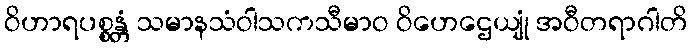
ဝိဟာရပစ္စန္တံ သမာနသံဝါသကသီမာဝ ဝိဟေဌေယျုံ အဝီတရာဂါတိ